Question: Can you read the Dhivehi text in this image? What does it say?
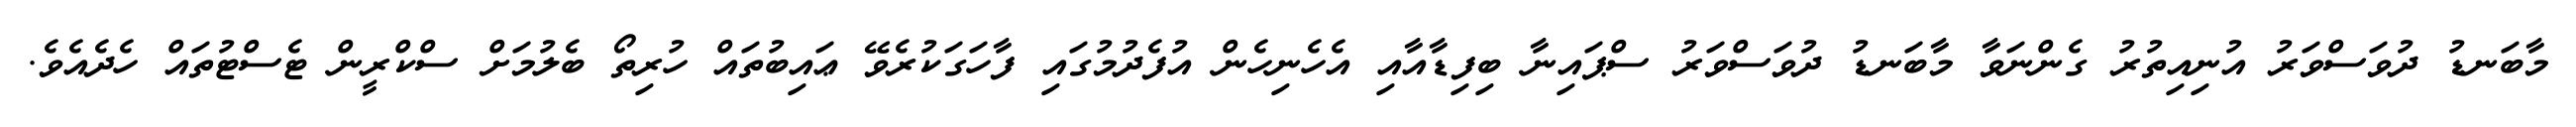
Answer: މާބަނޑު ދުވަސްވަރު އުނިއިތުރު ގެންނަވާ މާބަނޑު ދުވަސްވަރު ސްޕައިނާ ބިފިޑާއާއި އެހެނިހެން އުފެދުމުގައި ފާހަގަކުރެވޭ ޢައިބުތައް ހުރިތޯ ބެލުމަށް ސްކްރީން ޓެސްޓުތައް ހެދެއެވެ.